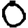
Digit: 0